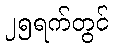
၂၅ရက်တွင်